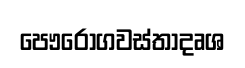
පෞරොගවස්තාදෘශ